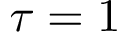
\tau = 1